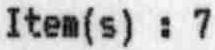
ITEM(S) : 7